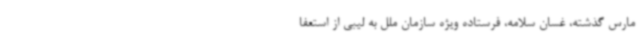
مارس گذشته، غسان سلامه، فرستاده ویژه سازمان ملل به لیبی از استعفا